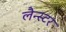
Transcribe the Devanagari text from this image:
लैन्स्टर